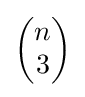
\left({\begin{matrix}n\\3\end{matrix}}\right)